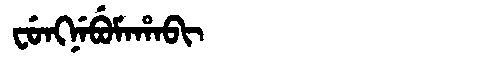
Manchu: ᠸᡠᠩᠨᡝᠪᡠᠮᠠᡥᠠᠪᡳ
Romanization: FUNGNEBUMAHABI